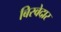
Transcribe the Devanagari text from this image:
बिस्‍वेदार